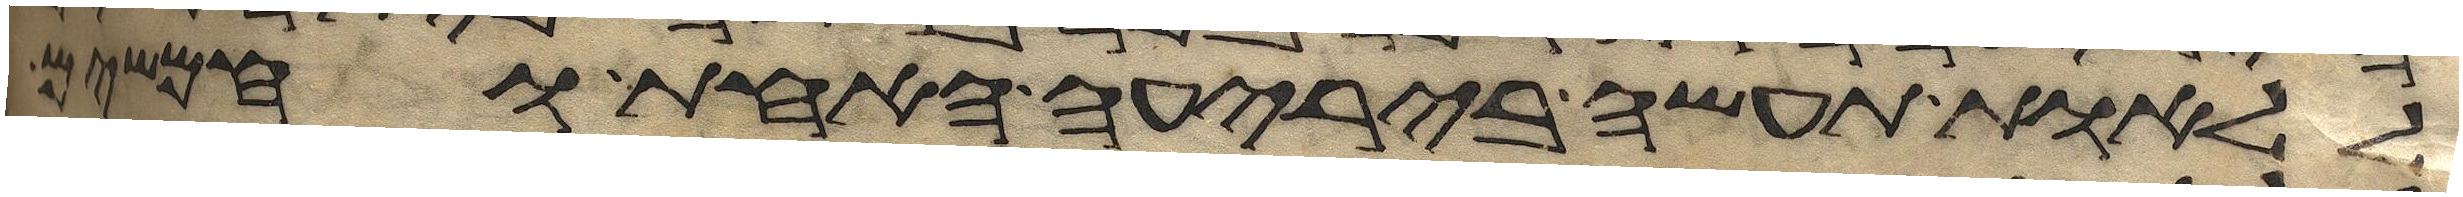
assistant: ללאות תעשה ביריעה האחת וחמשים